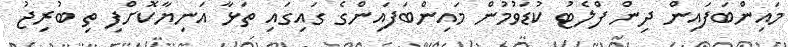
މައިންބަފައިން ދިން ފްލެޓު ކުޑަވުމުން މައިންބަފައިންގެ ގައިގައި ތަޅާ އަނިޔާކޮށްފި ތި ބުރިޖު